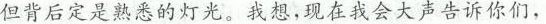
但背后定是熟悉的灯光。我想，现在我会大声告诉你们，